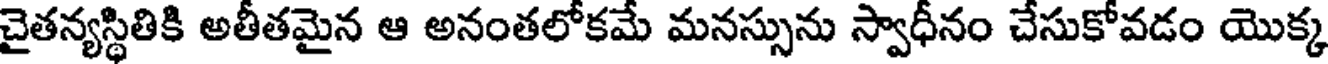
చైతన్యస్థితికి అతీతమైన ఆ అనంతలోకమే మనస్సును స్వాధీనం చేసుకోవడం యొక్క